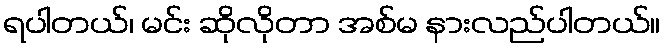
ရပါတယ်၊ မင်း ဆိုလိုတာ အစ်မ နားလည်ပါတယ်။